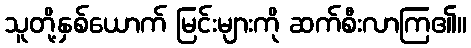
သူတို့နှစ်ယောက် မြင်းများကို ဆက်စီးလာကြ၏။